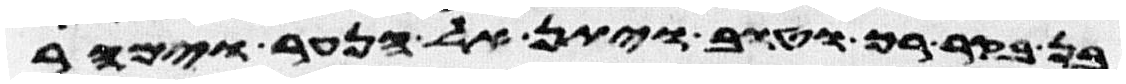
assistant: בן בקר רך וטוב ויתן אל הנער וימהר